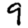
Digit: 9